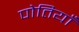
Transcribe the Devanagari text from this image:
पोतियाँ